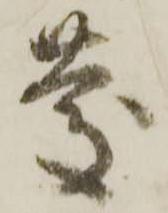
慶